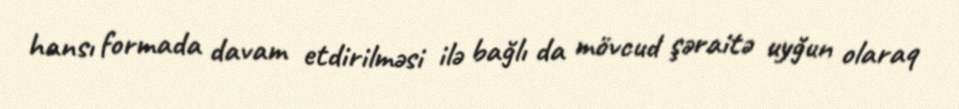
hansı formada davam etdirilməsi ilə bağlı da mövcud şəraitə uyğun olaraq